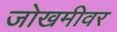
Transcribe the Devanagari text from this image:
जोखमीवर